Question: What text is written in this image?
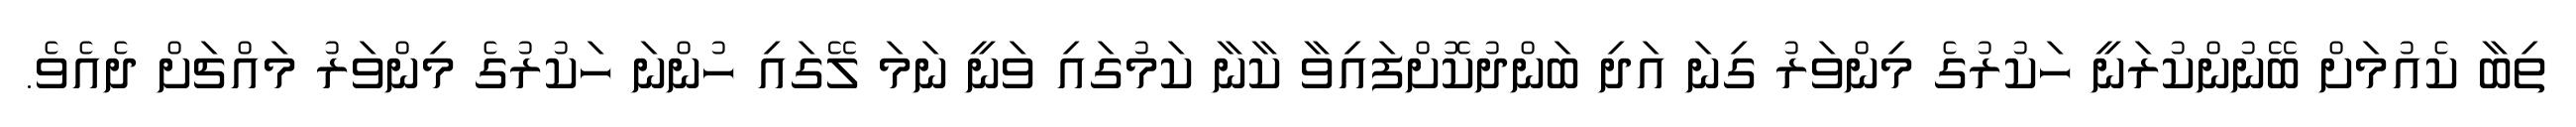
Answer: ތިބާ ކެއުމަށް ބޭނުންކުރަނީ ހަކުރުގެ މިންވަރު ގިނަ އަދި ބަންދުކޮށްފައިވާ ކާނާ ކަމުގައި ވަނީ ނަމަ ލޭގައި ހުންނަ ހަކުރުގެ މިންވަރު މައްޗަށް ދެއެވެ.